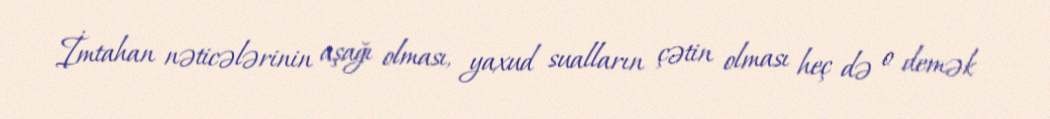
İmtahan nəticələrinin aşağı olması, yaxud sualların çətin olması heç də o demək